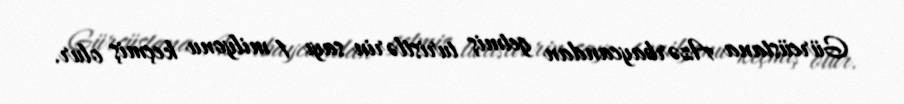
Gürcüstana Azərbaycandan getmiş turistlərin sayı 1 milyonu keçmiş olur.